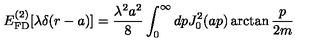
E _ { \mathrm { F D } } ^ { ( 2 ) } [ \lambda \delta ( r - a ) ] = \frac { \lambda ^ { 2 } a ^ { 2 } } { 8 } \int _ { 0 } ^ { \infty } d p J _ { 0 } ^ { 2 } ( a p ) \arctan \frac { p } { 2 m }